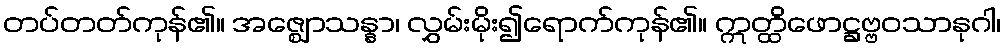
တပ်တတ်ကုန်၏။ အဇ္ဈောသန္နာ၊ လွှမ်းမိုး၍ရောက်ကုန်၏။ ဣတ္ထိဖောဋ္ဌဗ္ဗဝသာနုဂါ၊